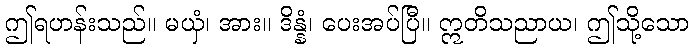
ဤရဟန်းသည်။ မယှံ၊ အား။ ဒိန္နံ၊ ပေးအပ်ပြီ။ ဣတိသညာယ၊ ဤသို့သော